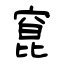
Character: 窤